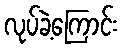
လုပ်ခဲ့ကြောင်း